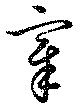
章